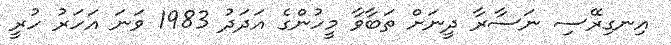
އިނގިރޭސި ނަސާރާ ދީނަށް ތަބާވާ މީހުންގެ އަދަދު 1983 ވަނަ އަހަރު ހުރީ